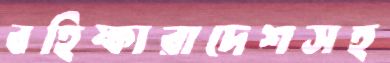
বহিষ্কারাদেশসহ